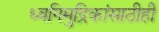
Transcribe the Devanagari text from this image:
ध्वनिमुद्रिकांसाठीही